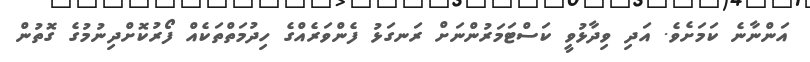
އަންނާނެ ކަމަށެވެ. އަދި ވިދާޅުވީ ކަސްޓަމަރުންނަށް ރަނގަޅު ފެންވަރެއްގެ ހިދުމަތްތަކެއް ފޯރުކޮށްދިނުމުގެ ގޮތުން